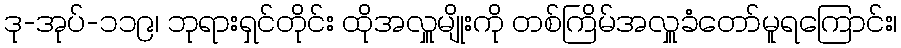
ဒု-အုပ်-၁၁၉၊ ဘုရားရှင်တိုင်း ထိုအလှူမျိုးကို တစ်ကြိမ်အလှူခံတော်မူရကြောင်း၊